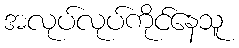
အလုပ်လုပ်ကိုင်နေသူ